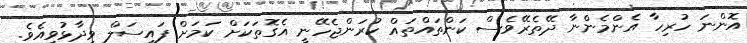
އޮންނަ ހުރިހާ އެންމެންނާ ދޭތެރޭވެސް ކަންތައްތައް ކުރަންޖެހޭނީ އެގޮތަކަށް ކަމަށް ފައިސަލް ވިދާޅުވިއެވެ.